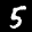
Label: 5